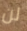
لن